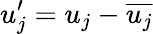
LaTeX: u_{j}^{\prime}=u_{j}-\overline{{u_{j}}}